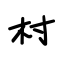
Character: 村